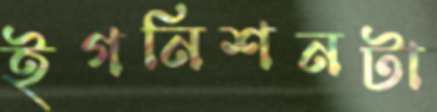
ইগনিশনটা